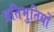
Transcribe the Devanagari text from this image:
प्रतिभुतियों